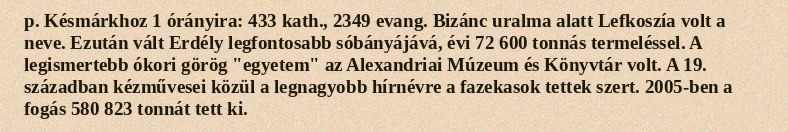
p. Késmárkhoz 1 órányira: 433 kath., 2349 evang. Bizánc uralma alatt Lefkoszía volt a neve. Ezután vált Erdély legfontosabb sóbányájává, évi 72 600 tonnás termeléssel. A legismertebb ókori görög "egyetem" az Alexandriai Múzeum és Könyvtár volt. A 19. században kézművesei közül a legnagyobb hírnévre a fazekasok tettek szert. 2005-ben a fogás 580 823 tonnát tett ki.